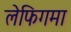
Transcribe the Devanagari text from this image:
लेफिगमा